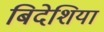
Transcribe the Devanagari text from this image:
बिदेशिया